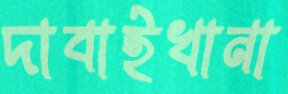
দাবাইখানা